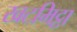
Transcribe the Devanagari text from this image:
खटमिट्ठा